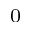
_ 0